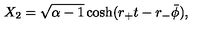
X _ { 2 } = \sqrt { \alpha - 1 } \cosh ( r _ { + } t - r _ { - } \bar { \phi } ) ,